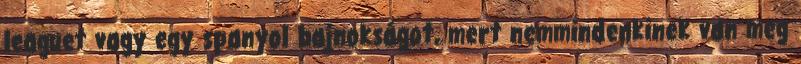
leaguet vagy egy spanyol bajnokságot, mert nemmindenkinek van meg